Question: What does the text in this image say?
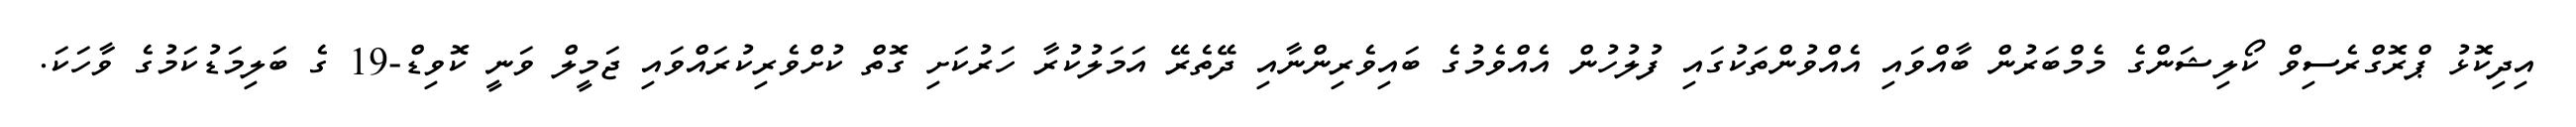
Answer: އިދިކޮޅު ޕްރޮގްރެސިވް ކޯލިޝަންގެ މެމްބަރުން ބާއްވައި އެއްވުންތަކުގައި ފުލުހުން އެއްވެމުގެ ބައިވެރިންނާއި ދޭތެރޭ އަމަލުކުރާ ހަރުކަށި ގޮތް ކުށްވެރިކުރައްވައި ޖަމީލް ވަނީ ކޮވިޑް-19 ގެ ބަލިމަޑުކަމުގެ ވާހަކަ.